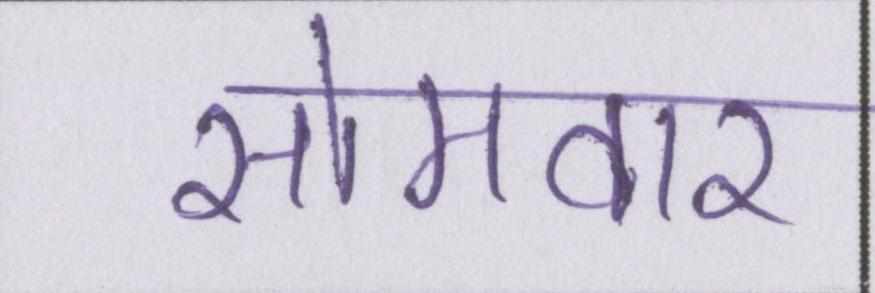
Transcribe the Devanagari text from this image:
सोमवार